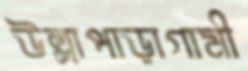
উল্লাপাড়াগামী